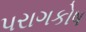
પરાગકોષ